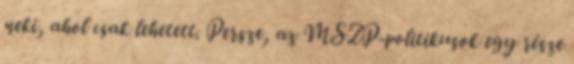
neki, ahol csak lehetett. Persze, az MSZP-politikusok egy része